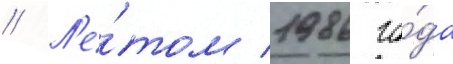
// Л'е́том 1986 го́да